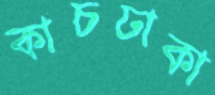
কাচঢাকা